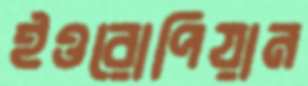
ইওরোপিয়ান